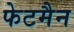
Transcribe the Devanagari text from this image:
फेटमैन